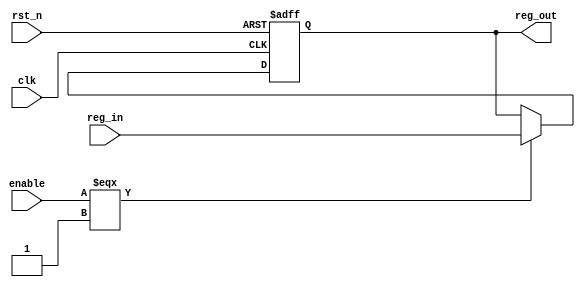
// --------------------------------------------------------------------------------
//  Company: MSI
//  Design Name: 
//  Module Name:    preem_register - Behavioral 
//  Project Name: 
//  Tool versions: 
//  Description: 
// --------------------------------------------------------------------------------

`define false 1'b 0
`define FALSE 1'b 0
`define true 1'b 1
`define TRUE 1'b 1

`timescale 1 ns / 1 ns // timescale for following modules


module preem_register (
   clk,
   rst_n,
   enable,
   reg_in,
   reg_out);
 

input   clk; 
input   rst_n; 
input   enable; 
input   [16:0] reg_in; 
output   [16:0] reg_out; 

reg     [16:0] reg_out; 


always @(posedge clk or negedge rst_n)
   begin : _reg_
   if (rst_n === 1'b 0)
      begin
      reg_out <= {17{1'b 0}};   
      end
   else if (clk === 1'b 1 )
      begin
      if (enable === 1'b 1)
         begin
         reg_out <= reg_in;   
         end
      else
         ;
      end
   end


endmodule // module preem_register